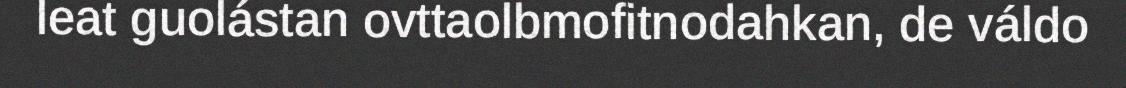
leat guolástan ovttaolbmofitnodahkan, de váldo